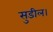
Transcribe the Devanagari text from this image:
सुडील।